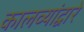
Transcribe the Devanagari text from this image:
कालव्यांद्वारे